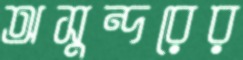
অসুন্দরের